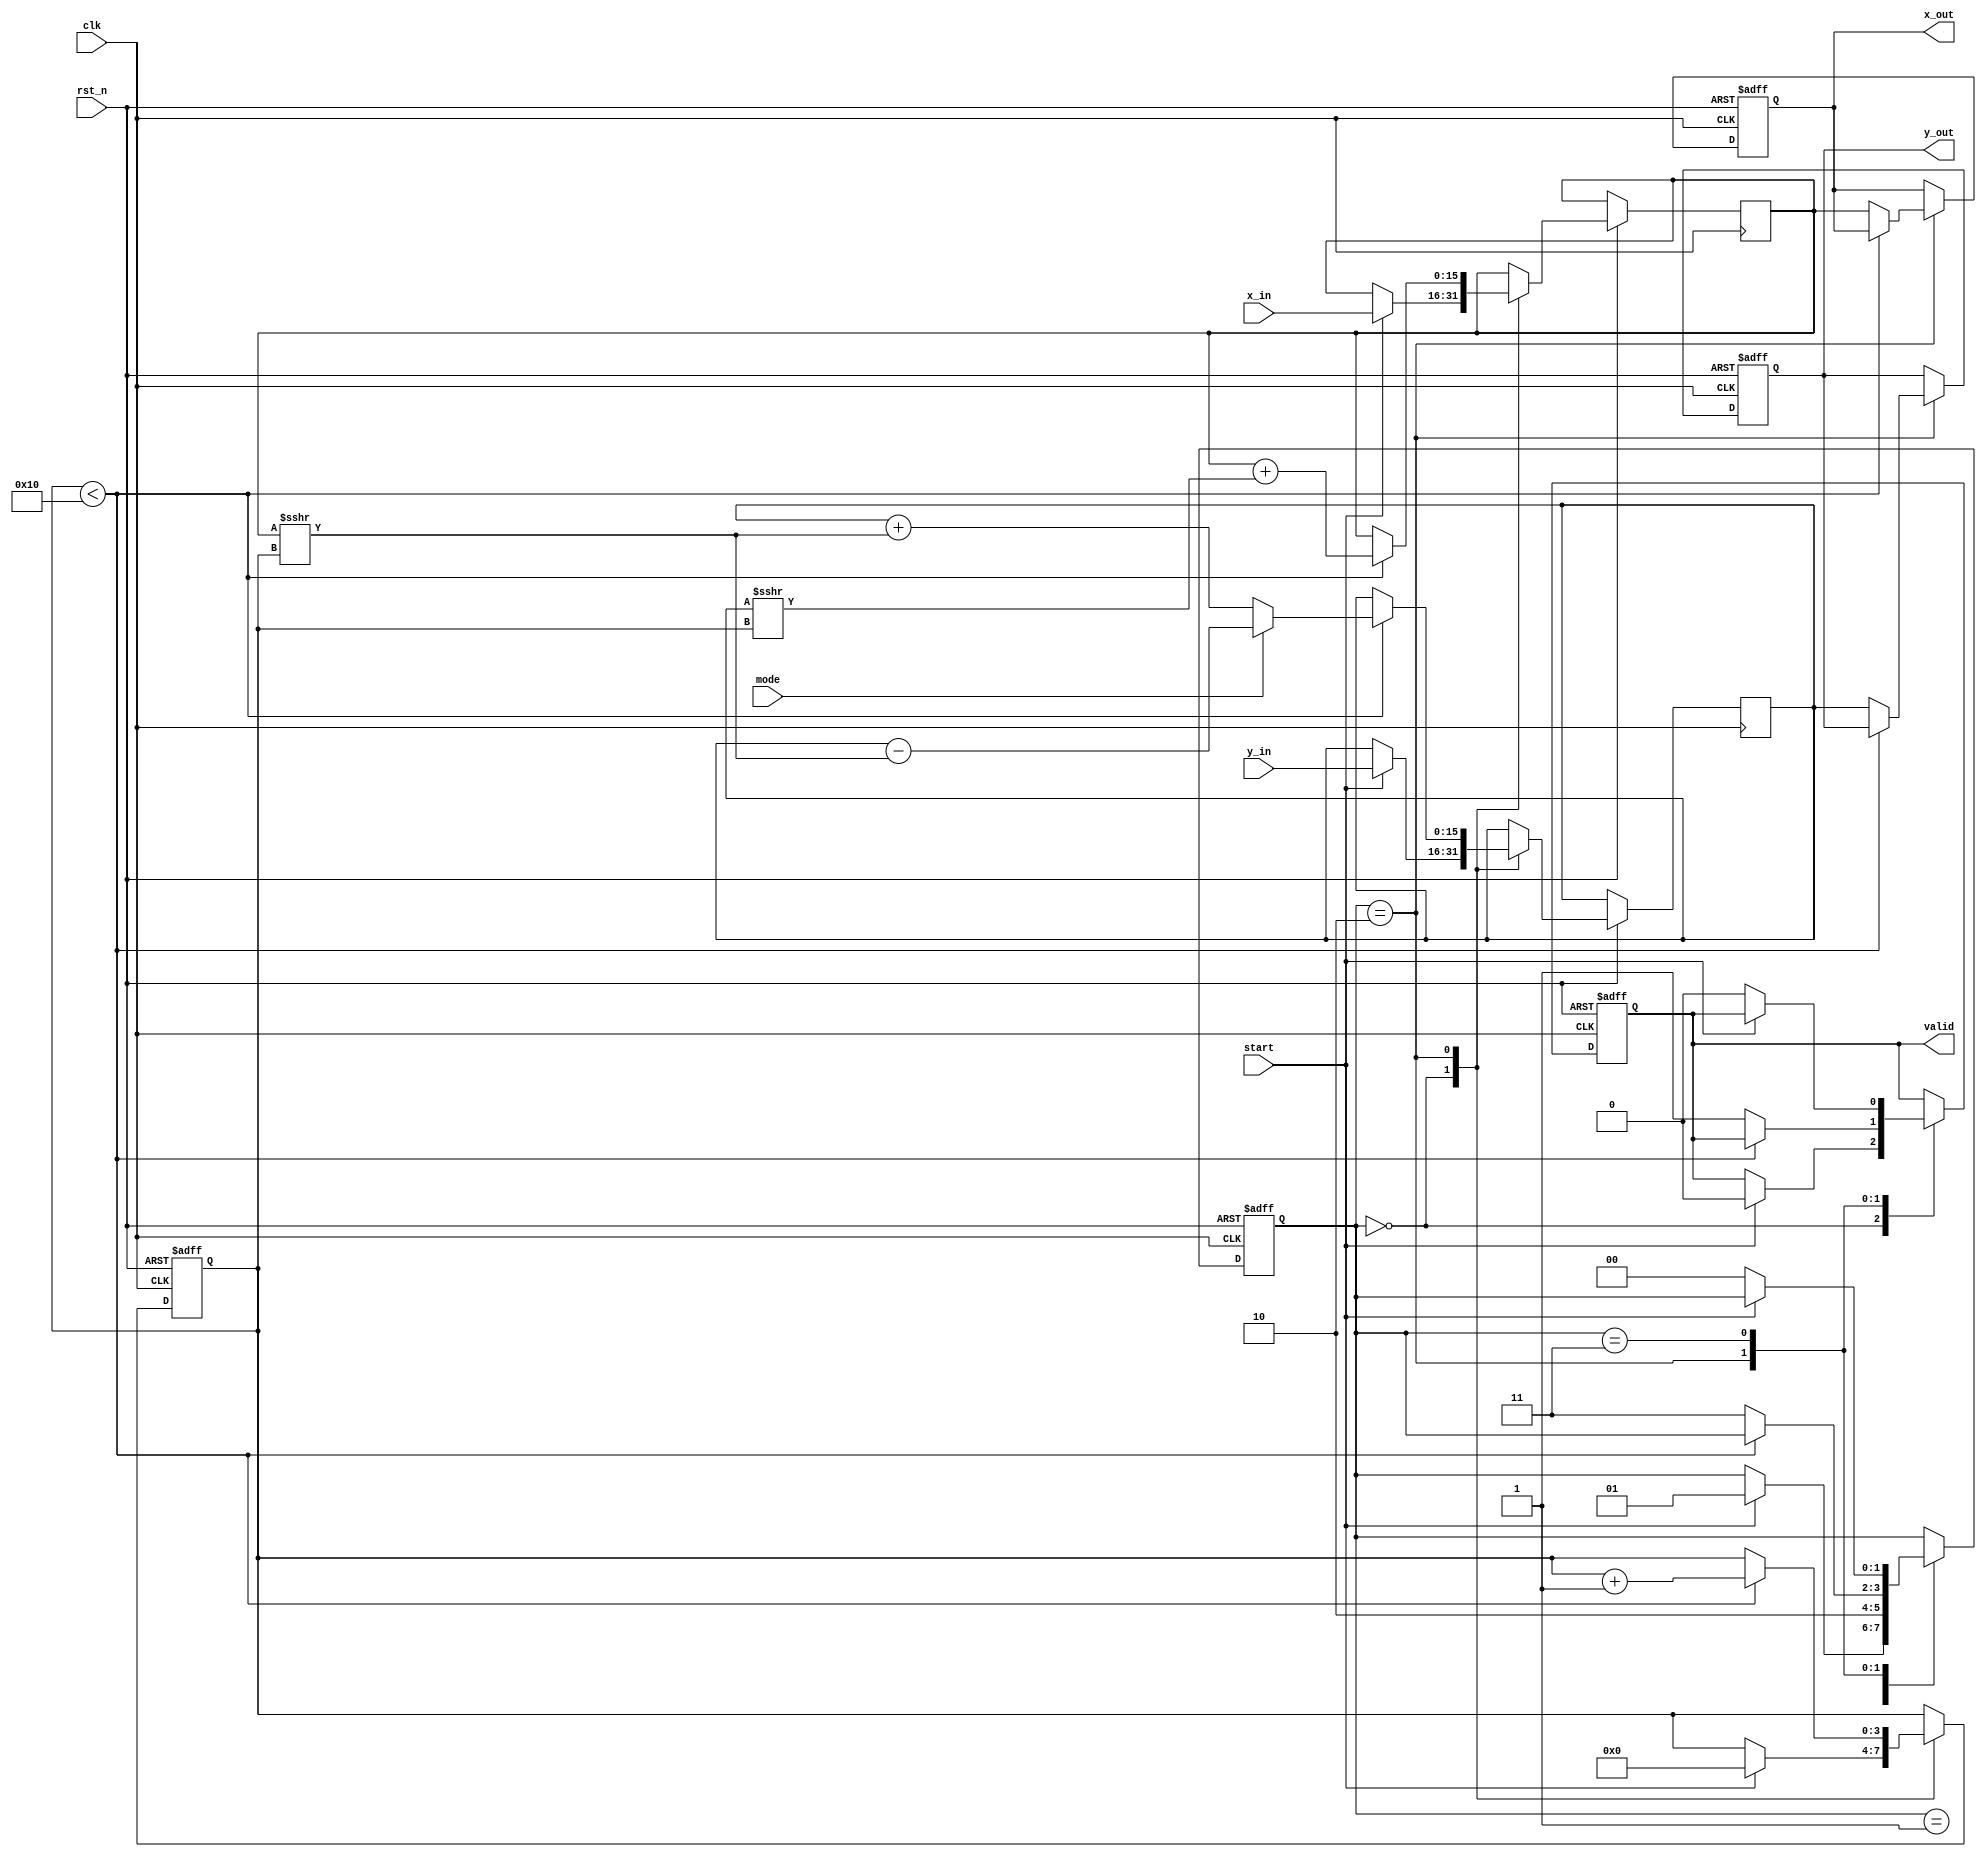
module hyperbolic_cordic #(
    parameter N = 16 // Number of iterations for precision
)(
    input wire clk,
    input wire rst_n,
    input wire [15:0] x_in, // Input X
    input wire [15:0] y_in, // Input Y
    input wire mode, // 0 for sinh, 1 for cosh
    input wire start, // Start signal
    output reg [15:0] x_out, // Output X
    output reg [15:0] y_out, // Output Y
    output reg valid // Output valid signal
);

    // CORDIC angle values for hyperbolic functions (in fixed-point format)
    reg [15:0] cordic_angle [0:N-1];
    initial begin
        // Pre-computed hyperbolic angles (in fixed-point)
        // These angles would need to be computed according to the CORDIC algorithm
        // Example initialization (these values are placeholders)
        cordic_angle[0] = 16'h0001; // Atan(1) in fixed-point
        cordic_angle[1] = 16'h0002; // Atan(0.5) in fixed-point
        // Continue filling in the values...
    end

    // Internal registers
    reg [15:0] x_reg, y_reg;
    reg [3:0] iter; // Iteration counter
    reg [1:0] state; // FSM state

    // State machine states
    localparam IDLE = 2'b00, INIT = 2'b01, ITERATE = 2'b10, DONE = 2'b11;

    // Main FSM
    always @(posedge clk or negedge rst_n) begin
        if (!rst_n) begin
            state <= IDLE;
            x_out <= 16'b0;
            y_out <= 16'b0;
            valid <= 0;
            iter <= 0;
        end else begin
            case (state)
                IDLE: begin
                    if (start) begin
                        x_reg <= x_in;
                        y_reg <= y_in;
                        iter <= 0;
                        state <= INIT;
                        valid <= 0;
                    end
                end
                INIT: begin
                    // Initialization complete, move to iteration
                    state <= ITERATE;
                end
                ITERATE: begin
                    if (iter < N) begin
                        // CORDIC rotation
                        if (mode == 1'b0) begin // sinh
                            x_reg <= x_reg + (y_reg >>> iter);
                            y_reg <= y_reg + (x_reg >>> iter);
                        end else begin // cosh
                            x_reg <= x_reg + (y_reg >>> iter);
                            y_reg <= y_reg - (x_reg >>> iter);
                        end
                        iter <= iter + 1;
                    end else begin
                        // Iterations complete
                        x_out <= x_reg;
                        y_out <= y_reg;
                        valid <= 1;
                        state <= DONE;
                    end
                end
                DONE: begin
                    if (!start) begin
                        state <= IDLE;
                        valid <= 0; // Reset valid signal
                    end
                end
            endcase
        end
    end
endmodule